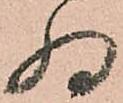
為